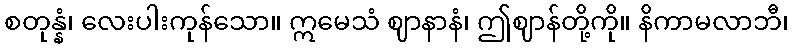
စတုန္နံ၊ လေးပါးကုန်သော။ ဣမေသံ ဈာနာနံ၊ ဤဈာန်တို့ကို။ နိကာမလာဘီ၊